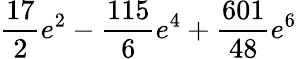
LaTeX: \frac{17}{2}e^{2}-\frac{115}{6}e^{4}+\frac{601}{48}e^{6}